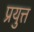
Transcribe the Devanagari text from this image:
प्रयुत्त